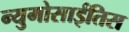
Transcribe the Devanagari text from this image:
न्युमोसाईतिस